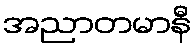
အညာတမာနီ